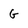
Character: g